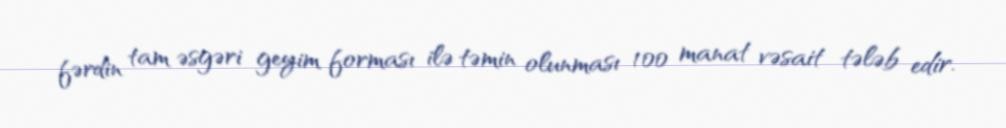
fərdin tam əsgəri geyim forması ilə təmin olunması 100 manat vəsait tələb edir.